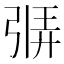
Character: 𫸷